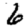
Digit: 6